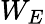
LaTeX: W_{E}